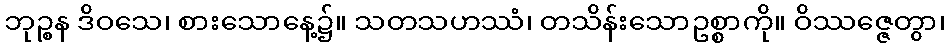
ဘုဉ္စန ဒိဝသေ၊ စားသောနေ့၌။ သတသဟဿံ၊ တသိန်းသောဥစ္စာကို။ ဝိဿဇ္ဇေတွာ၊